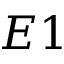
E 1